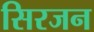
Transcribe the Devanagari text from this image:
सिरजन